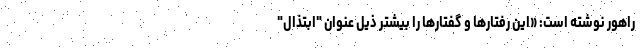
راهور نوشته است: «‌این رفتارها و گفتارها را بیشتر ذیل عنوان "ابتذال"